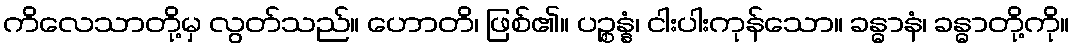
ကိလေသာတို့မှ လွတ်သည်။ ဟောတိ၊ ဖြစ်၏။ ပဉ္စန္နံ၊ ငါးပါးကုန်သော။ ခန္ဓာနံ၊ ခန္ဓာတို့ကို။